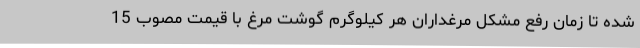
شده تا زمان رفع مشکل مرغداران هر کیلوگرم گوشت مرغ با قیمت مصوب 15